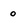
Character: 0